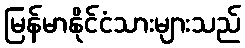
မြန်မာနိုင်ငံသားများသည်